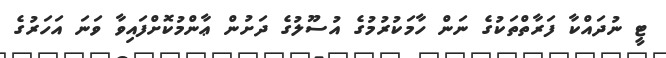
ޓީ ނުދައްކާ ފަރާތްތަކުގެ ނަން ހާމަކުރުމުގެ އުސޫލުގެ ދަށުން ޢާންމުކޮށްފައިވާ ވަނަ އަހަރުގެ